Subject: cs
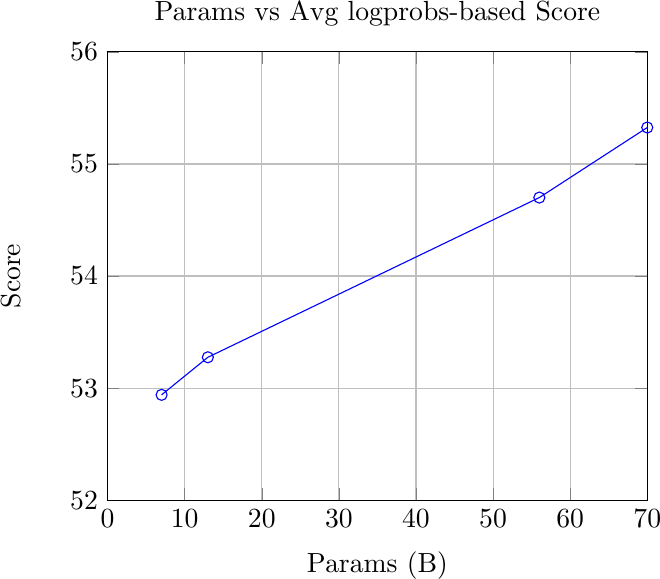
LaTeX code:
\begin{tikzpicture}
\begin{axis}[
    title={Params vs Avg logprobs-based Score},
    xlabel={Params (B)},
    ylabel={Score},
    grid=major,
    xmin=0, xmax=70,
    ymin=52, ymax=56
]
\addplot[mark=o, blue] coordinates {

(7.0, 52.94)
(13.0, 53.275)
(56.0, 54.7)
(70.0, 55.325)

};

\end{axis}
\end{tikzpicture}